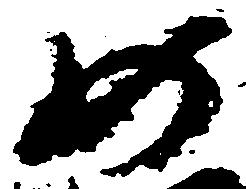
如